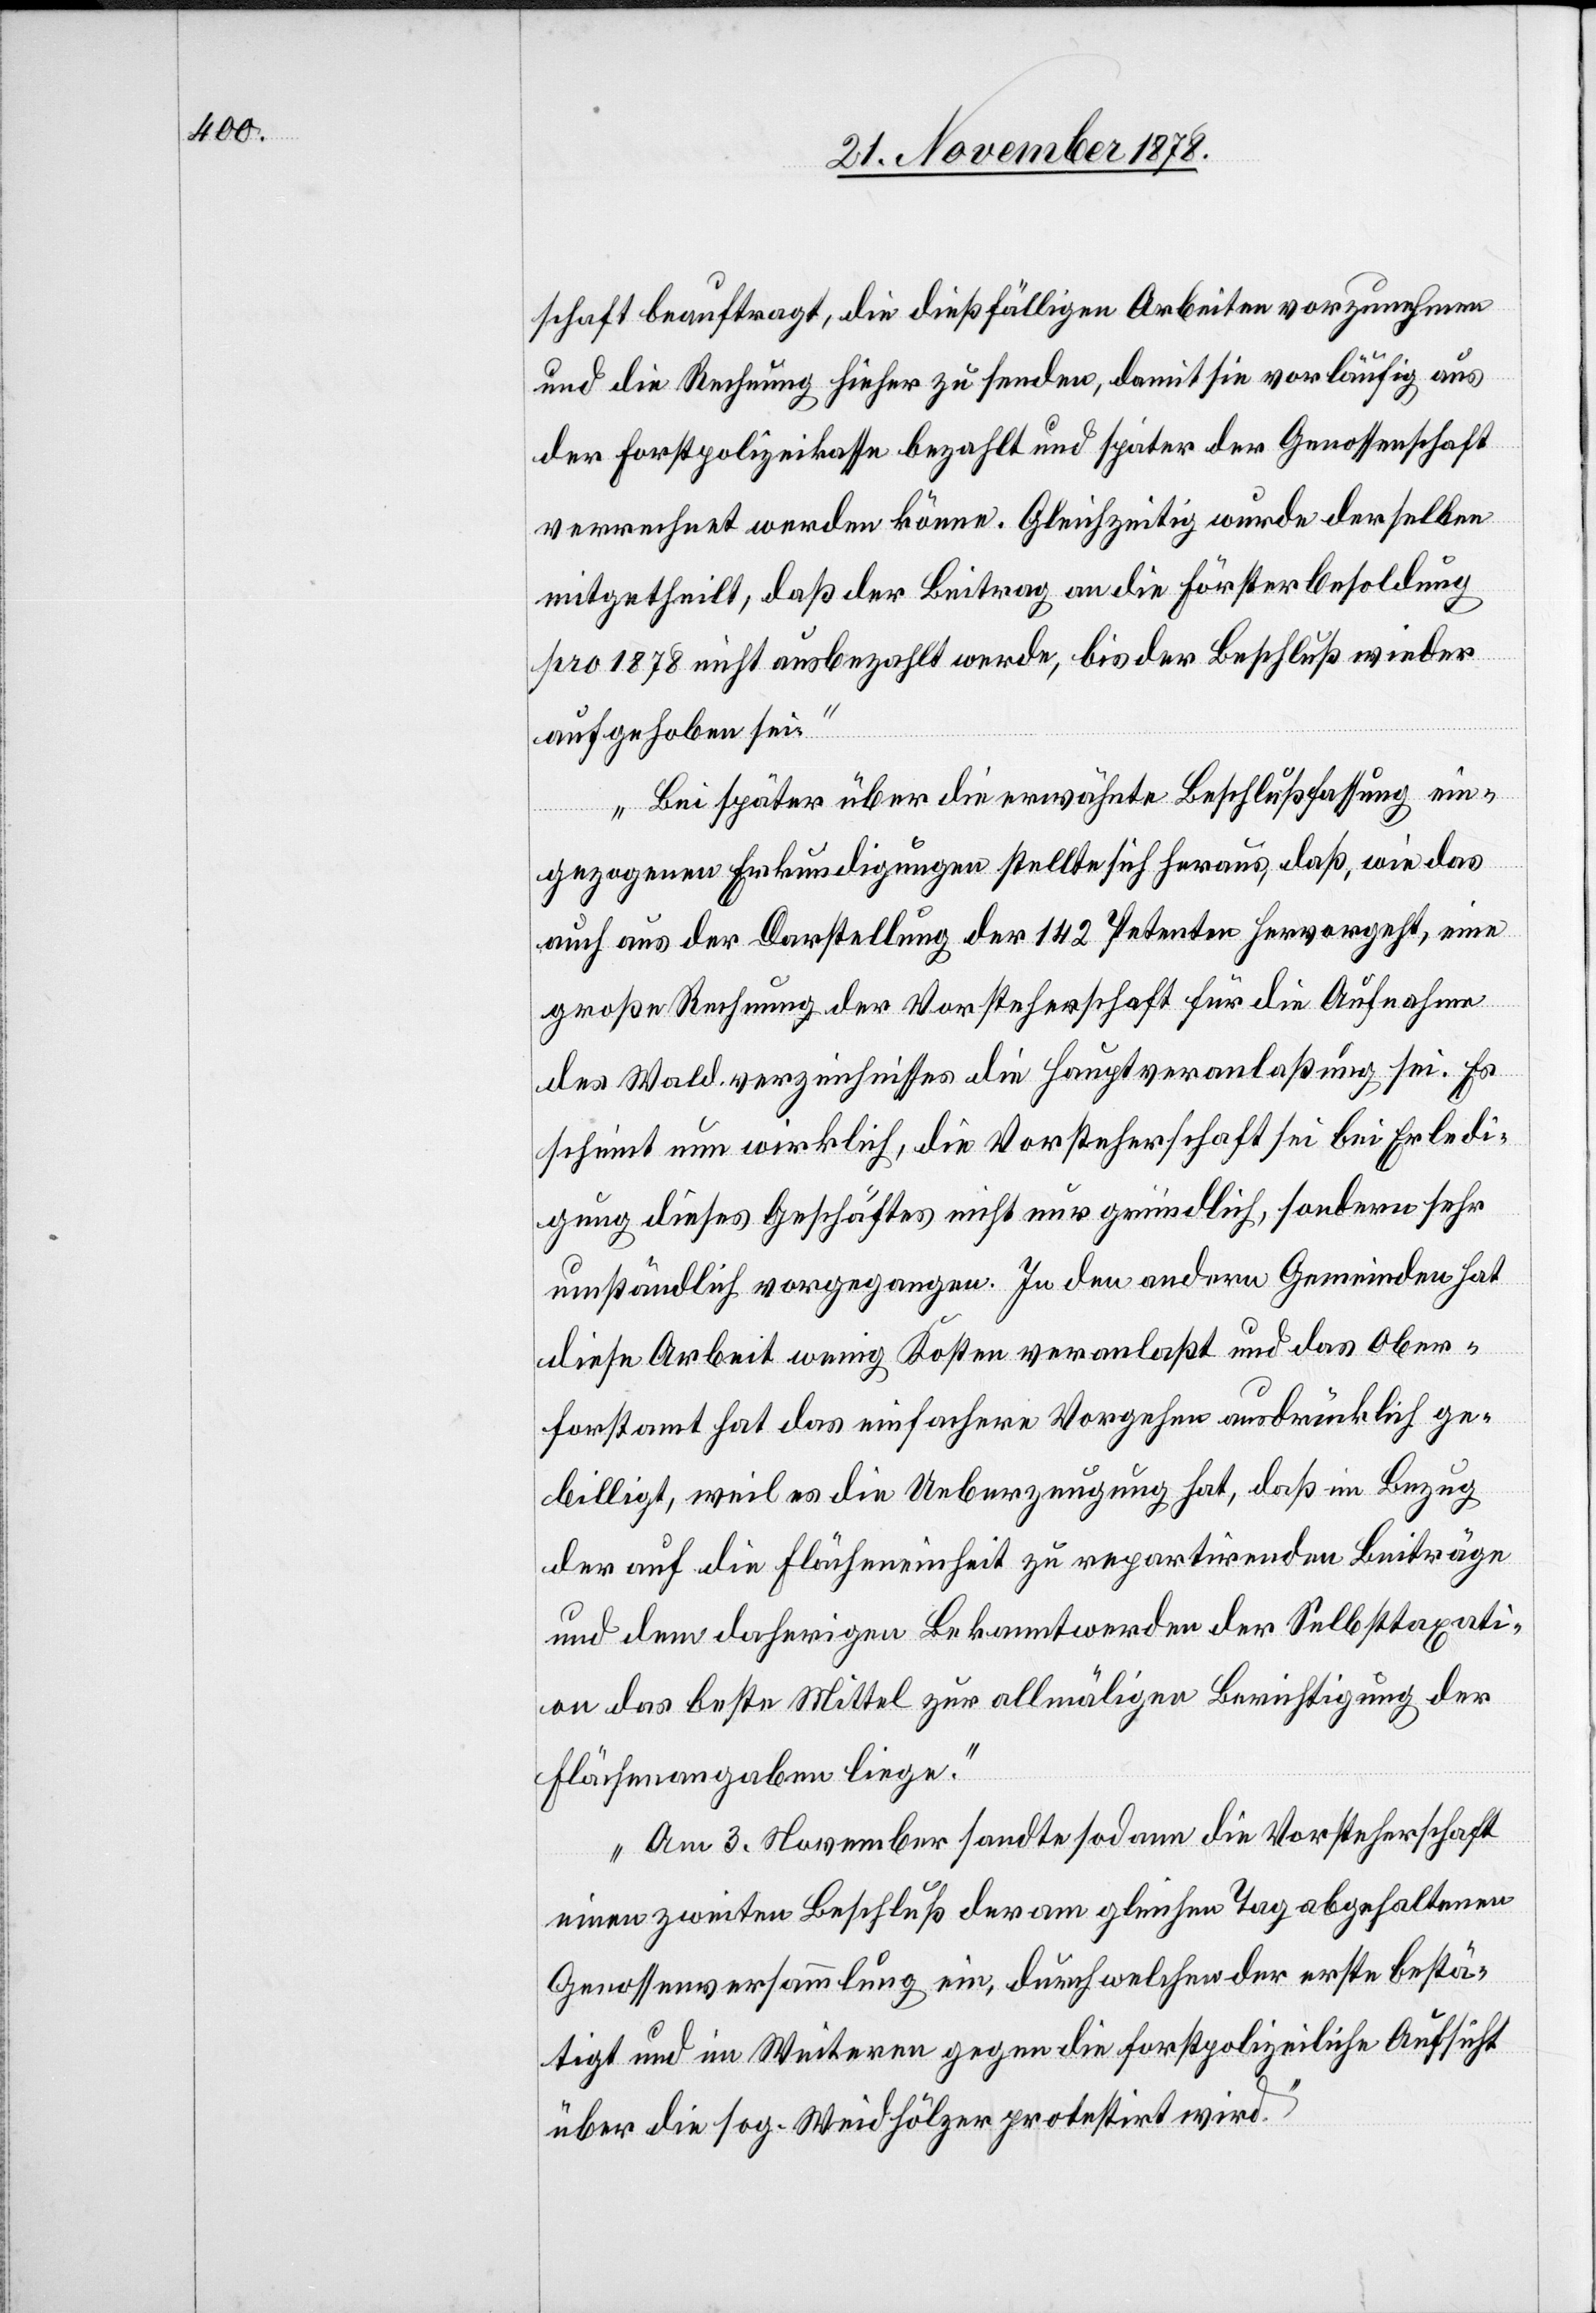
schaft beauftragt, die dießfälligen Arbeiten vorzunehmen
und die Rechnung hieher zu senden, damit sie vorläufig aus
der Forstpolizeikasse bezahlt und später der Genossenschaft
verrechnet werden könne. Gleichzeitig wurde derselben
mitgetheilt, daß der Beitrag an die Försterbesoldung
pro 1878 nicht ausbezahlt werde, bis der Beschluß wieder
aufgehoben sei.
Bei später über die erwähnte Beschlußfassung ein¬
gegangenen Erkundigungen stellte sich heraus, daß, wie das
auch aus der Darstellung der 142 Petenten hervorgeht, eine
große Rechnung der Vorsteherschaft für die Aufnahme
des Waldverzeichnisses die Hauptveranlaßung sei. Es
scheint nun wirklich, die Vorsteherschaft sei bei Erledi¬
gung dieses Geschäftes nicht nur gründlich, sondern sehr
umständlich vorgegangen. In den andern Gemeinden hat
diese Arbeit wenig Kosten veranlaßt und das Ober¬
forstamt hat das einfachere Vorgehen ausdrücklich ge¬
billigt, weil es die Ueberzeugung hat, daß in Bezug
der auf die Flächeneinheit zu repartirenden Beiträge
und dem daherigen Bekanntwerden der Selbsttaxati¬
on das beste Mittel zur allmäligen Berichtigung der
Flächenangaben liege.
Am 3. November sandte sodann die Vorsteherschaft
einen zweiten Beschluß der am gleichen Tag abgehaltenen
Genossenversammlung ein, durch welchen der erste bestä¬
tigt und im Weiteren gegen die forstpolizeiliche Aufsicht
über die sog. Weidhölzer protestirt wird.